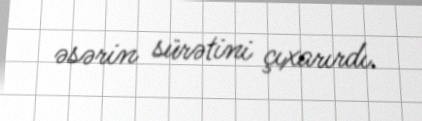
əsərin sürətini çıxarırdı.